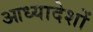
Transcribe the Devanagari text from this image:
आध्यादेशों